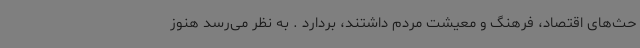
حث‌های اقتصاد، فرهنگ و معیشت مردم داشتند، بردارد . به نظر می‌رسد هنوز